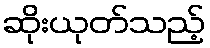
ဆိုးယုတ်သည့်